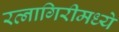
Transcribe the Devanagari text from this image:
रत्नागिरीमध्ये